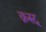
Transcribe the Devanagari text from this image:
क़स्द